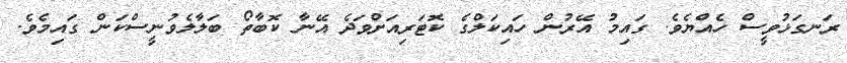
ރަނގަޅުވީސް ހެއްޔެވެ. ގައިމު އޭރުން ހައިކަލްގެ ކޮޓަރިއަށްވަދެ އޭނާ ކޮބާތޯ ބަލާލެވުނީސްކަން ގައިމެވެ.